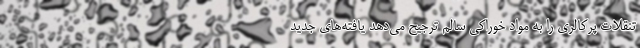
تنقلات پرکالری را به مواد خوراکی سالم ترجیح می‌دهد یافته‌های جدید